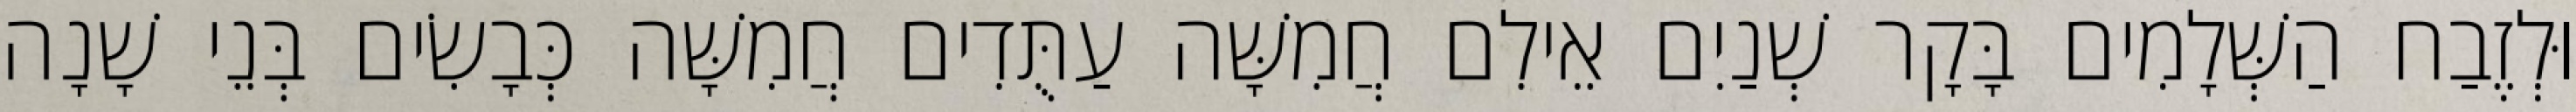
וּלְזֶבַח הַשְּׁלָמִים בָּקָר שְׁנַיִם אֵילִם חֲמִשָּׁה עַתֻּדִים חֲמִשָּׁה כְּבָשִׂים בְּנֵי שָׁנָה